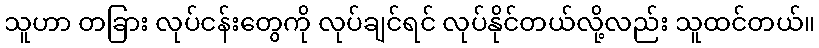
သူဟာ တခြား လုပ်ငန်းတွေကို လုပ်ချင်ရင် လုပ်နိုင်တယ်လို့လည်း သူထင်တယ်။